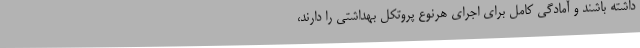
داشته باشند و آمادگی کامل برای اجرای هرنوع پروتکل بهداشتی را دارند،